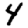
Digit: 4